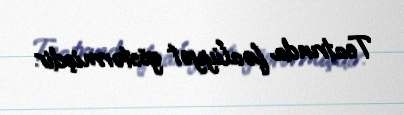
Teatrında fəaliyyət göstərmişdir.